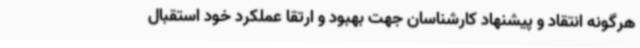
هرگونه انتقاد و پیشنهاد کارشناسان جهت بهبود و ارتقا عملکرد خود استقبال